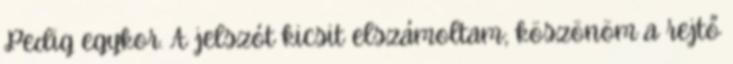
Pedig egykor. A jelszót kicsit elszámoltam; köszönöm a rejtő